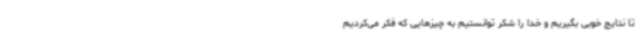
تا نتایج خوبی بگیریم و خدا را شکر توانستیم به چیزهایی که فکر می‌کردیم